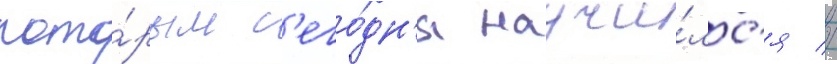
кото́рым с'его́дн'я научи́лс'я //